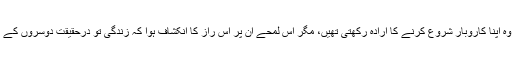
گوکہ اس سے قبل وہ اپنا کاروبار شروع کرنے کا ارادہ رکھتی تھیں، مگر اس لمحے ان پر اس راز کا انکشاف ہوا کہ زندگی تو درحقیقت دوسروں کے کام آنے کا نام ہے۔